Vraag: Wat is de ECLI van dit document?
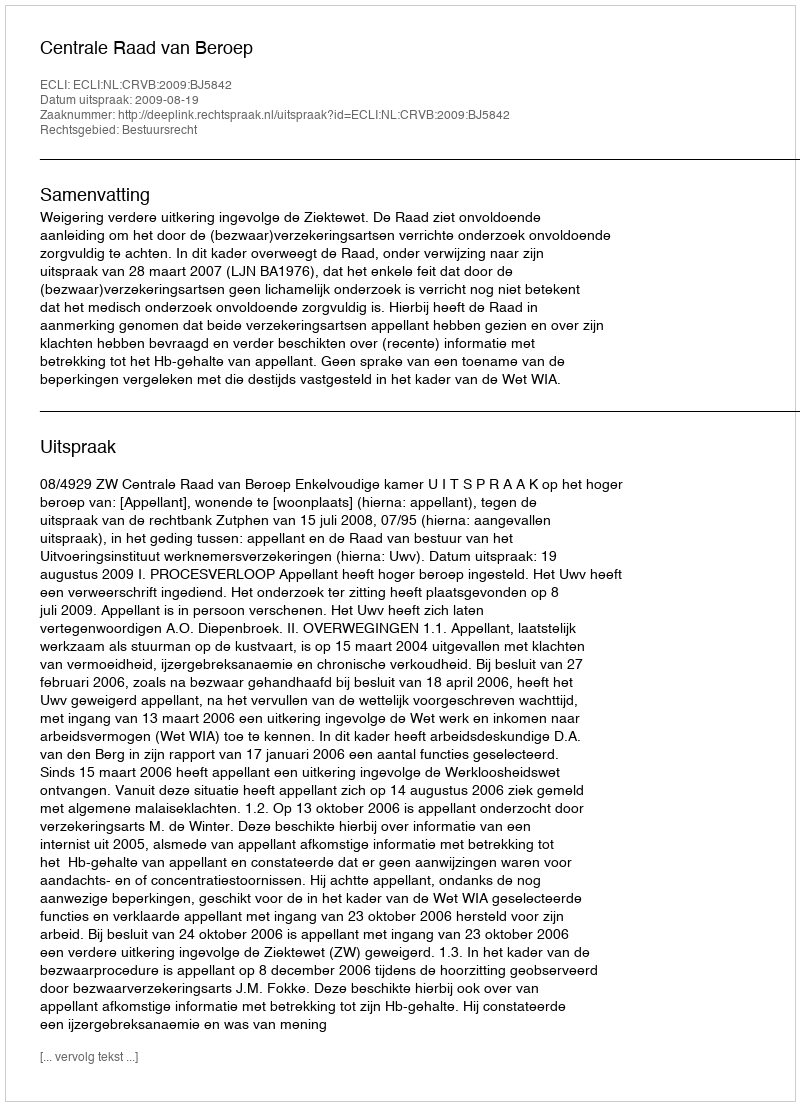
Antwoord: ECLI:NL:CRVB:2009:BJ5842